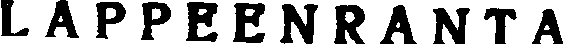
LAPPEENRANTA